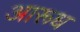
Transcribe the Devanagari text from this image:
आरूध